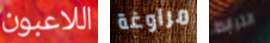
اللاعبون مراوغة الترابط